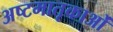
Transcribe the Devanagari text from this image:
अष्टमातृकाओं